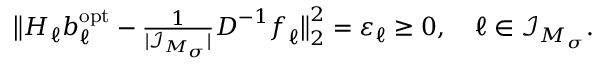
\begin{array} { r } { \big \| \boldsymbol H _ { \boldsymbol \ell } \boldsymbol b _ { \boldsymbol \ell } ^ { \mathrm { o p t } } - \frac { 1 } { | \mathcal I _ { \boldsymbol M _ { \boldsymbol \sigma } } | } \boldsymbol D ^ { - 1 } \boldsymbol f _ { \boldsymbol \ell } \big \| _ { 2 } ^ { 2 } = \varepsilon _ { \boldsymbol \ell } \geq 0 , \quad \boldsymbol \ell \in \mathcal I _ { \boldsymbol M _ { \boldsymbol \sigma } } . } \end{array}